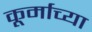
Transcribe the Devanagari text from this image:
कूर्माच्या